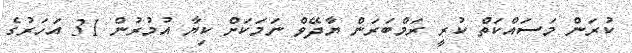
ކުރަން މަސައްކަތް ކުރީ ރަމްބަރަން ޔާދޭވް ނަމަކަށް ކިޔާ އުމުރުން 31 އަހަރުގެ